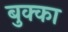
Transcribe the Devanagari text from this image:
बुक्‍का